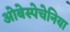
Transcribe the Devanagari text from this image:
ओबेस्पेचेनिया